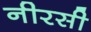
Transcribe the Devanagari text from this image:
नीरसी